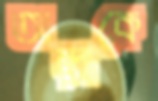
আন্দ্রাকে